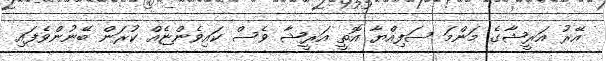
އޭރު އަރީޝާގެ މަންމަ ސަފިއްޔާ އޮތީ އަރީޝާ ވެސް ކައިވެންޏެއް ކުރަން ބޭނުންވެފައި